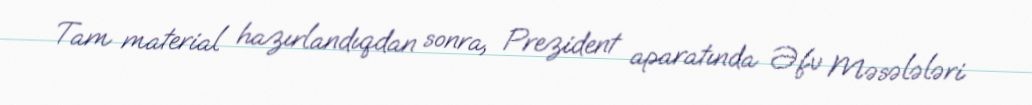
Tam material hazırlandıqdan sonra, Prezident aparatında Əfv Məsələləri